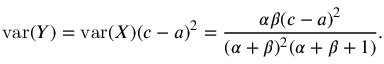
{ \mathrm { v a r } } ( Y ) = { \mathrm { v a r } } ( X ) ( c - a ) ^ { 2 } = { \frac { \alpha \beta ( c - a ) ^ { 2 } } { ( \alpha + \beta ) ^ { 2 } ( \alpha + \beta + 1 ) } } .